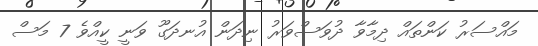
މައްސަރު ކަންތައް ދިމާވާ ދުވަސްވަރު ނިދަން އުނދަގޫ ވަނީ ކީއްވެ 7 މަސް